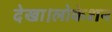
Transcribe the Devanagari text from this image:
देखा।लोकेशन